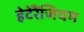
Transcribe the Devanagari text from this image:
हेटेरैंजियम